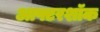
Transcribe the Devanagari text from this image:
आफ्टरशॉक